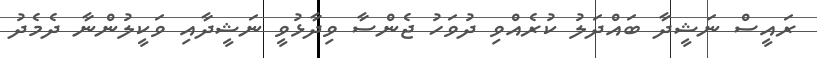
ރައީސް ނަޝީދާ ބައްދަލު ކުރެއްވި ދުވަހު ޖެންސާ ވިދާޅުވީ ނަޝީދާއި ވަކީލުންނާ ދެމެދު